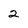
Character: 2